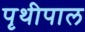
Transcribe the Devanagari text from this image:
पृथीपाल